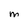
Character: M